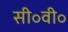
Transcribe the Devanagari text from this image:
सी॰वी॰